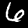
Digit: 6